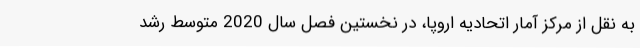
به نقل از مرکز آمار اتحادیه اروپا، در نخستین فصل سال 2020 متوسط رشد